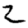
Digit: 2